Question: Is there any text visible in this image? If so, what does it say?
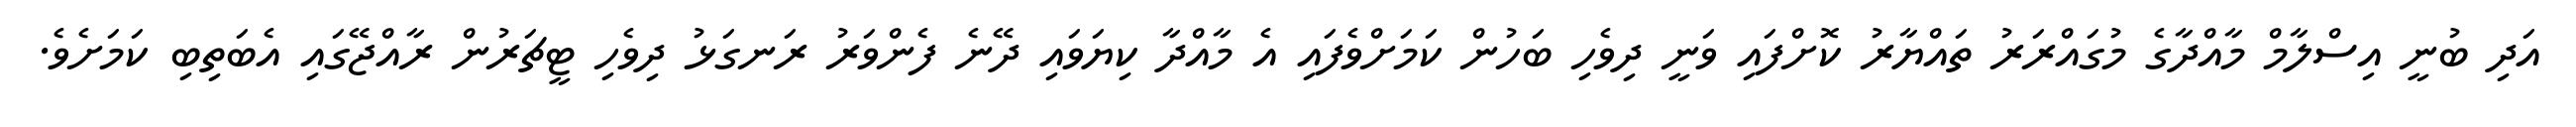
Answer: އަދި ބުނީ އިސްލާމް މާއްދާގެ މުގައްރަރު ތައްޔާރު ކޮށްފައި ވަނީ ދިވެހި ބަހުން ކަމަށްވެފައި އެ މާއްދާ ކިޔަވައި ދޭނެ ފެންވަރު ރަނގަޅު ދިވެހި ޓީޗަރުން ރާއްޖޭގައި އެބަތިބި ކަމަށެވެ.